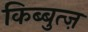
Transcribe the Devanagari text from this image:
किब्बुत्ज़